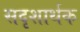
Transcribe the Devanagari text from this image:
सदृशार्थक